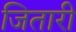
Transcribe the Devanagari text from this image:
जितारी